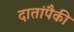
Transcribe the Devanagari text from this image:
दातांपैकी